Scientific memoirs by medical officers of the Army of India - Part XII,
Year: 1901
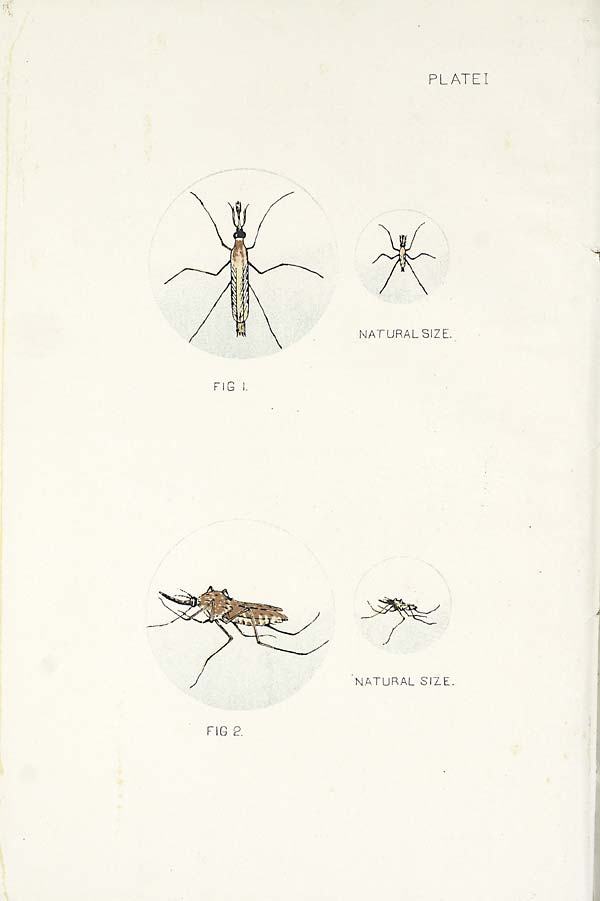
PLATE I